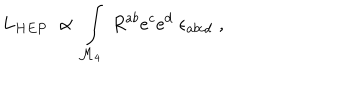
LaTeX: L _ { H E P } \; \propto \; \int _ { \mathcal { M } _ { 4 } } \; R ^ { a b } e ^ { c } e ^ { d } \; \epsilon _ { a b c d } \; ,